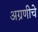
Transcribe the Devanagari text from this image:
अग्रणीचे